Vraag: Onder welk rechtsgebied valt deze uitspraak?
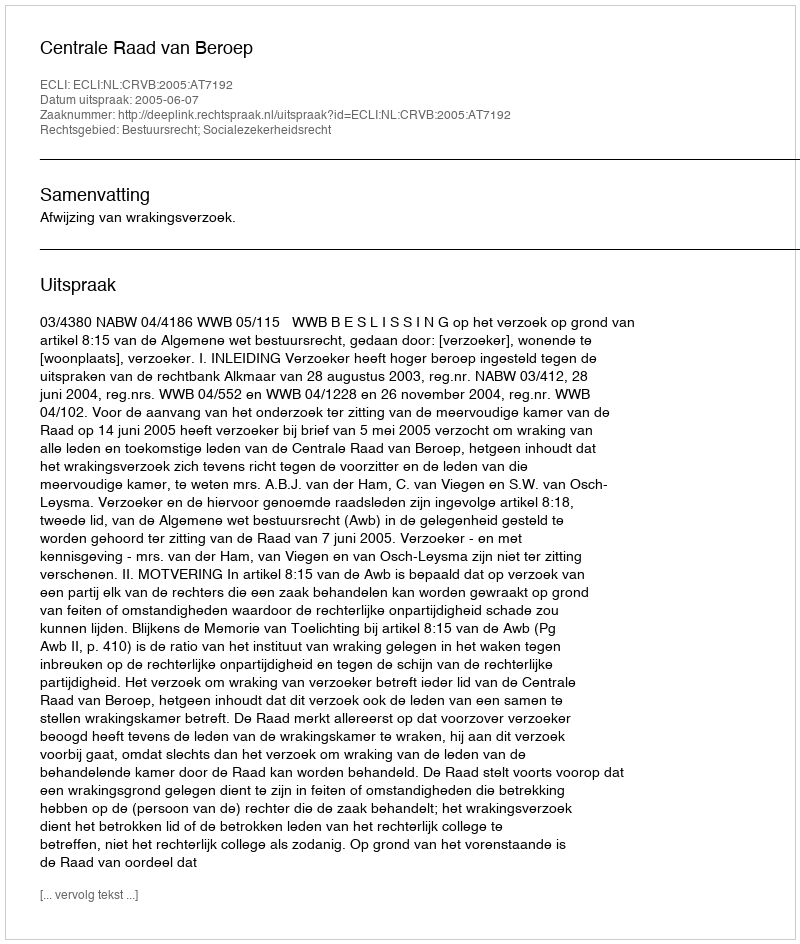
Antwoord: Bestuursrecht; Socialezekerheidsrecht